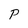
Character: P